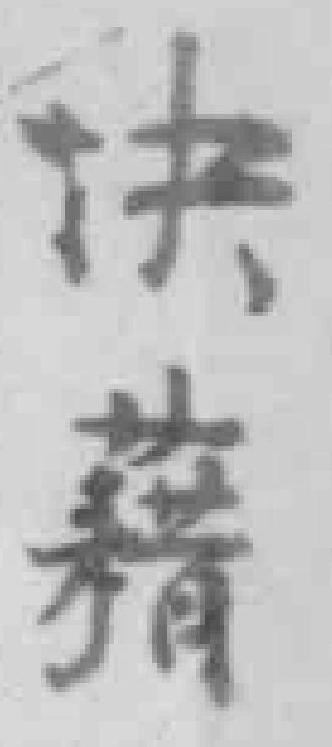
决藉